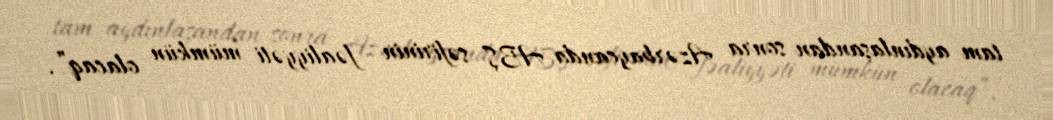
tam aydınlaşandan sonra Azərbaycanda ABŞ səfirinin fəaliyyəti mümkün olacaq”.